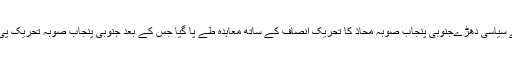
اکستان مسلم لیگ (ن) سے الگ ہوکر بننے والے نئے سیاسی دھڑےجنوبی پنجاب صوبہ محاذ کا تحریک انصاف کے ساتھ معاہدہ طے پا گیا جس کے بعد جنوبی پنجاب صوبہ تحریک پی ٹی آئی میں انتخابات کے انعقاد تک ضم ہوگئی ہے۔